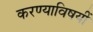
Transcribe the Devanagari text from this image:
करण्याविषयीं